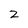
Character: z